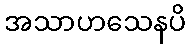
အသာဟသေနပိ